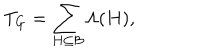
T _ { G } = \sum _ { H \subseteq \mathcal { B } } \Lambda ( H ) ,